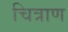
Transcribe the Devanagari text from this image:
चित्राण